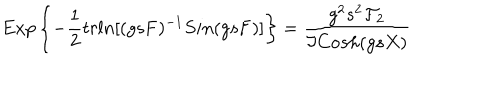
E x p \left\{ - \frac { 1 } { 2 } t r l n [ ( g s { \bf F } ) ^ { - 1 } S i n ( g s { \bf F } ) ] \right\} = \frac { g ^ { 2 } s ^ { 2 } { \cal F } _ { 2 } } { \Im C o s h ( g s X ) }